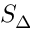
S _ { \Delta }